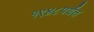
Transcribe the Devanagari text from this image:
१९४८पर्यंत